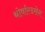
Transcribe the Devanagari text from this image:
थोर्वाल्डसेन